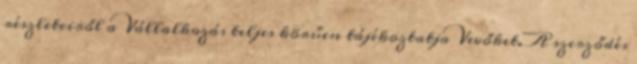
részleteiről a Vállalkozás teljes körűen tájékoztatja Vevőket. A szerződés